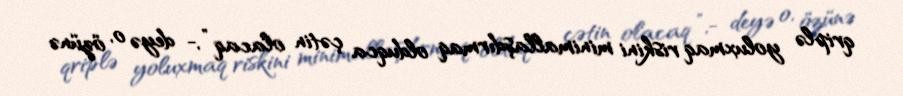
qriplə yoluxmaq riskini minimallaşdırmaq olduqca çətin olacaq ”,- deyə o, özünə